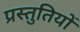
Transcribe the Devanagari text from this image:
प्रस्‍तुतियों